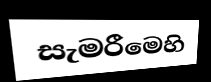
සැමරීමෙහි